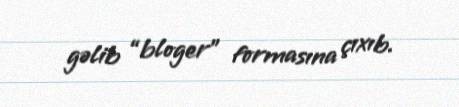
gəlib “bloger” formasına çıxıb.